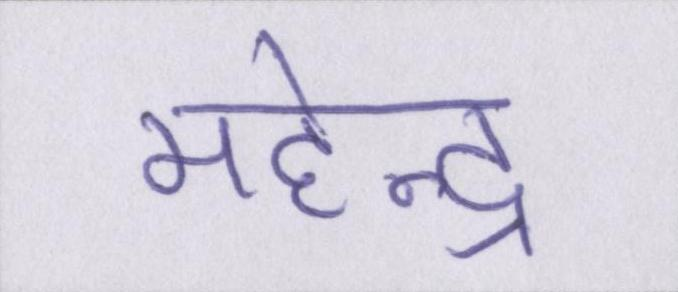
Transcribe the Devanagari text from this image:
महेन्द्र